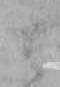
て